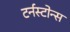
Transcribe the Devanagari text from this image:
टर्नस्टोन्स